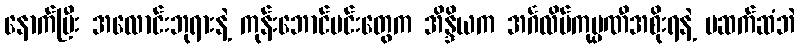
နောက်ပြီး အလောင်းဘုရားနဲ့ ကုန်းဘောင်မင်းတွေက အိန္ဒိယက အင်္ဂလိပ်ကုမ္ပဏီအစိုးရနဲ့ မဆက်ဆံဘဲ